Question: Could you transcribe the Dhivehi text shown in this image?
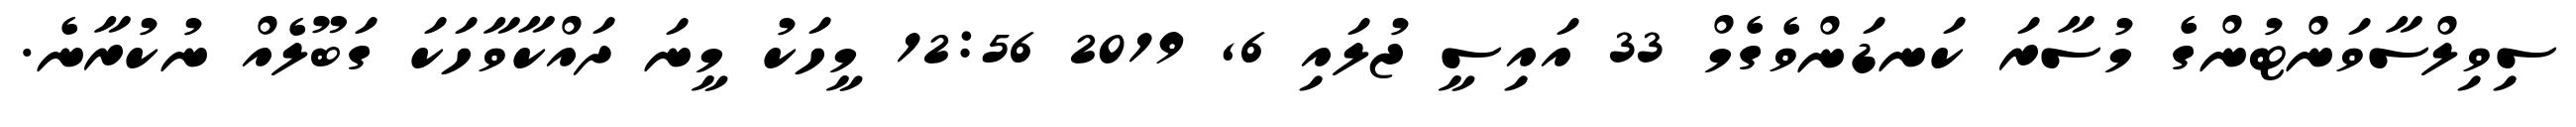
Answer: ސިވިލްސާވަންޓުންގެ މުސާރަ ކަނޑަންވެގެމް 33 އައިސީ ޖުލައި 6, 2019 12:56 މީހަކު މީނަ ދައްކާވާހަކަ ގަބޫލެއް ނުކުރާނެ.